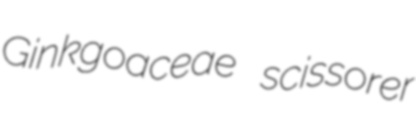
Ginkgoaceae scissorer